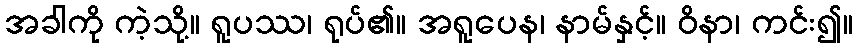
အခါကို ကဲ့သို့။ ရူပဿ၊ ရုပ်၏။ အရူပေန၊ နာမ်နှင့်။ ဝိနာ၊ ကင်း၍။